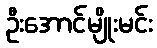
ဦးအောင်မျိုးမင်း